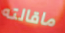
ماقالته